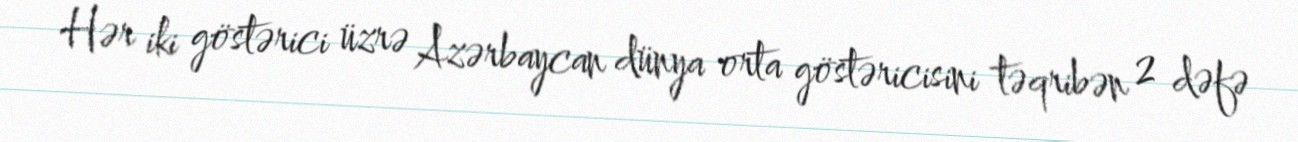
Hər iki göstərici üzrə Azərbaycan dünya orta göstəricisini təqribən 2 dəfə